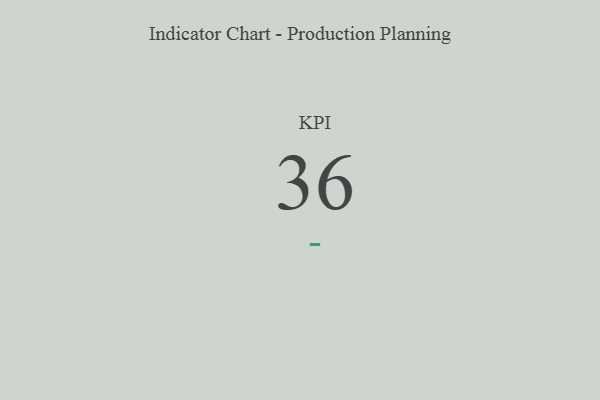
{"axis": {"x": "KPI", "y": "Value"}, "legend": [""], "data": [{"x": "KPI", "y": 36, "type": ""}]}